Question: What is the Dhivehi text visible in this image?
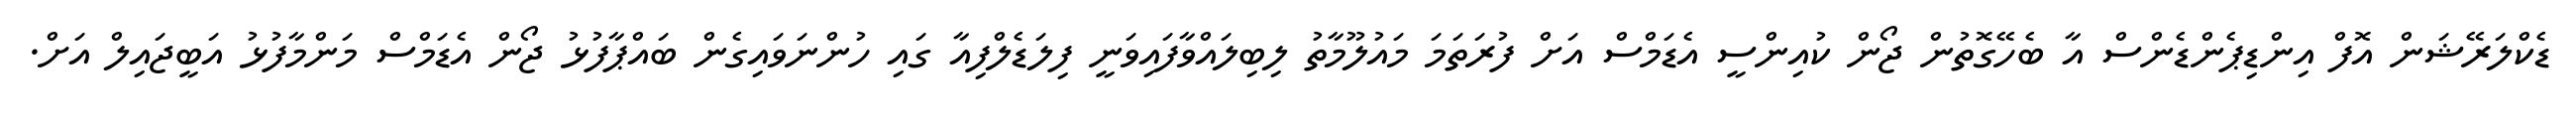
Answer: ޑެކްލަރޭޝަން އޮފް އިންޑިޕެންޑެންސް އާ ބެހޭގޮތުން ޖޯން ކުއިންސީ އެޑަމްސް އަށް ފުރަތަމަ މައުލޫމާތު ލިބިލައްވާފައިވަނީ ފިލަޑެލްފިއާ ގައި ހުންނަވައިގެން ބައްޕާފުޅު ޖޯން އެޑަމްސް މަންމާފުޅު އަބީޖައިލް އަށް.